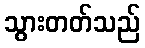
သွားတတ်သည်